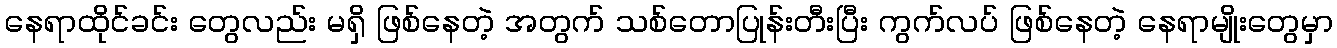
နေရာထိုင်ခင်း တွေလည်း မရှိ ဖြစ်နေတဲ့ အတွက် သစ်တောပြုန်းတီးပြီး ကွက်လပ် ဖြစ်နေတဲ့ နေရာမျိုးတွေမှာ